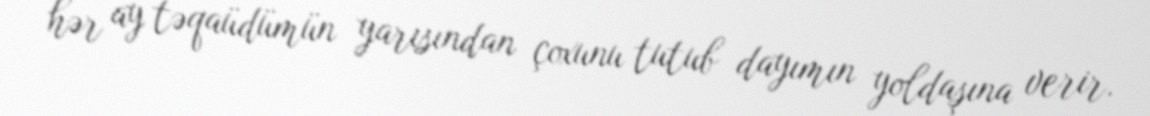
hər ay təqaüdümün yarısından çoxunu tutub dayımın yoldaşına verir.